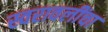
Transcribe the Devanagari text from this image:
स्वरावलींचा